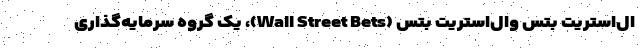
ال‌استریت بتس وال‌استریت بتس (Wall Street Bets)، یک گروه سرمایه‌گذاری